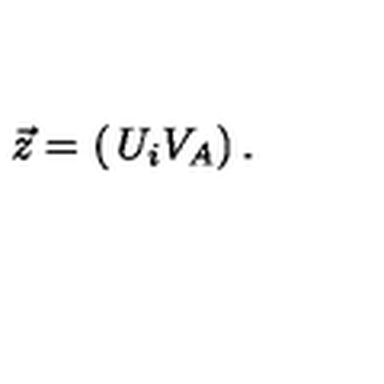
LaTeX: { \vec { z } } = \left( \begin{matrix} { U _ { i } } \\ { V _ { A } } \\ \end{matrix} \right) .